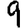
Digit: 9